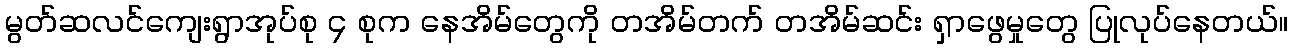
မွတ်ဆလင်ကျေးရွာအုပ်စု ၄ စုက နေအိမ်တွေကို တအိမ်တက် တအိမ်ဆင်း ရှာဖွေမှုတွေ ပြုလုပ်နေတယ်။